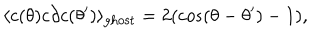
\langle c ( \theta ) c \partial c ( \theta ^ { \prime } ) \rangle _ { \mathrm { g h o s t } } = 2 ( \cos ( \theta - \theta ^ { \prime } ) - 1 ) ,